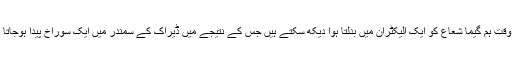
اس وقت ہم گیما شعاع کو ایک الیکٹران میں بدلتا ہوا دیکھ سکتے ہیں جس کے نتیجے میں ڈیراک کے سمندر میں ایک سوراخ پیدا ہوجاتا ہے۔